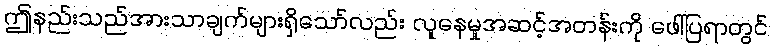
ဤနည်းသည်အားသာချက်များရှိသော်လည်း လူနေမှုအဆင့်အတန်းကို ဖေါ်ပြရာတွင်